Annual returns of the Patna Lunatic Asylum at Bankipore in Bihar and Orissa - 1912-1924
Year: 1912
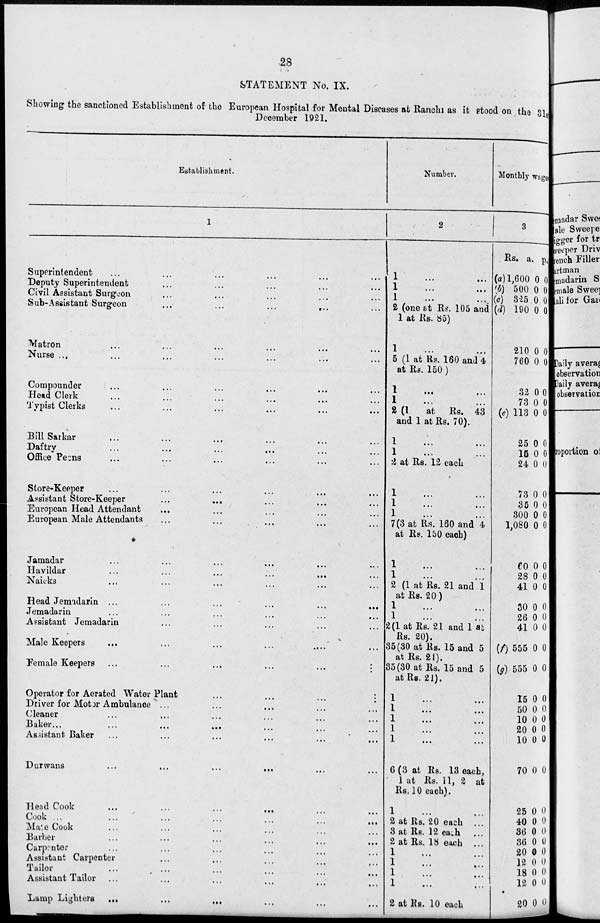
28
STATEMENT No. IX.
Showing the sanctioned Establishment of the European Hospital for Mental Diseases at Ranchi as it stood on the 31st
December 1921.
Establishment.
1
Superintendent
...
...
...
...
...
...
Deputy Superintendent ... ... ... ... ...
Civil Assistant Surgeon ... ... ... ...
Sub-Assistant Surgeon
...
...
...
...
...
Matron ... ... ... ... ... ...
Nurse ... ... ... ... ... ... ...
Compounder ... ... ... ... ... ...
Head Clerk ... ... ... ... ... ...
Typist Clerks ... ... ... ... ... ...
Bill Sarkar
...
...
...
...
...
...
Daftry ... ... ... ... ... ...
Office Peons ... ... ... ... ... ...
Store-Keeper ... ... ... ... ... ...
Assistant Store-Keeper ... ... ... ... ...
European Head Attendant ... ... ... ... ...
European Male Attendants ... ... ... ... ...
Jamadar
...
...
...
...
...
...
Havildar ... ... ... ... ... ...
Naicks ... ... ... ... ... ...
Head Jemadarin
...
...
...
...
...
...
Jemadarin
...
...
...
...
...
...
Assistant Jemadarin ... ... ... ... ...
Male Keepers ... ... ... ... ... ...
Female Keepers
...
...
...
...
...
...
Operator for Aerated Water Plant
...
...
...
...
Driver for Motor Ambulance ... ... ... ... ...
Cleaner ... ... ... ... ... ...
Baker
...
...
...
...
...
...
...
Assistant Baker ... ... ... ... ... ...
Durwans
...
...
...
...
...
...
Head Cook
...
...
...
...
...
...
Cook
...
...
...
...
...
...
...
Male Cook ... ... ... ... ... ...
Barber ... ... ... ... ... ...
Carpenter ... ... ... ... ... ...
Assistant Carpenter ... ... ... ... ...
Tailor ... ... ... ... ... ...
Assistant Tailor ... ... ... ... ... ...
Lamp Lighters ... ... ... ... ... ...
Number.
2
1
...
...
1 ... ...
1 ... ...
2 (one at Rs. 105 and
1 at Rs. 85)
1 ... ...
5 (1 at Rs. 160 and 4
at Rs. 150 )
1
...
...
1 ... ...
2 (1
at Rs. 43
and 1 at Rs. 70).
1 ... ...
1 ... ...
2 at Rs. 12 each
1 ... ...
1 ... ...
1 ... ...
7(3 at Rs. 160 and 4
at Rs. 150 each)
1
...
...
1 ... ...
2 (1 at Rs. 21 and 1
at Rs. 20)
1 ... ...
1
2(1 at Rs. 21 and 1 at
Rs. 20).
35(30 at Rs. 15 and 5
at Rs. 21).
35(30 at Rs. 15 and 5
at Rs. 21).
1 ... ...
1
...
...
1
...
...
1 ... ...
1
...
...
6 (3 at Rs. 13 each,
1 at Rs. 11, 2 at
Rs. 10 each).
1 ... ...
2 at Rs. 20 each ...
3 at Rs. 12 each ...
2 at Rs. 18 each ...
1 ... ...
1 ... ...
1 ... ...
1
...
...
2 at Rs. 10 each
Monthly wages.
3
Rs.
(a) 1,600
(b) 500
(c) 325
(d) 190
210
760
32
73
(e) 113
25
15
24
73
35
300
1,080
60
28
41
30
26
41
(f) 555
(g) 555
15
50
10
20
10
70
25
40
36
36
20
12
18
12
20
a.
0
0
0
0
0
0
0
0
0
0
0
0
0
0
0
0
0
0
0
0
0
0
0
0
0
0
0
0
0
0
0
0
0
0
0
0
0
0
0
p.
0
0
0
0
0
0
0
0
0
0
0
0
0
0
0
0
0
0
0
0
0
0
0
0
0
0
0
0
0
0
0
0
0
0
0
0
0
0
0